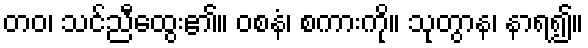
တဝ၊ သင်ညီထွေး၏။ ဝစနံ၊ စကားကို။ သုတွာန၊ နာရ၍။